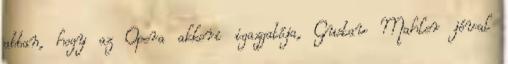
abban, hogy az Opera akkori igazgatója, Gustav Mahler jóval